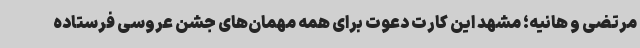
مرتضی و هانیه؛ مشهد این کارت دعوت برای همه مهمان‌های جشن عروسی فرستاده